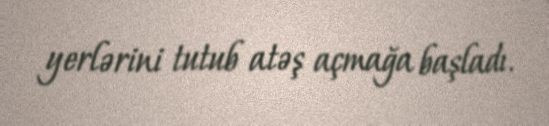
yerlərini tutub atəş açmağa başladı.